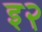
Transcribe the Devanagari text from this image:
इ२